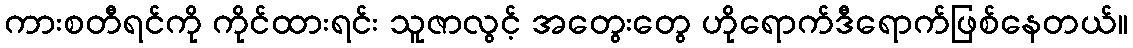
ကားစတီရင်ကို ကိုင်ထားရင်း သူဇာလွင့် အတွေးတွေ ဟိုရောက်ဒီရောက်ဖြစ်နေတယ်။